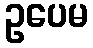
ဥပေမ